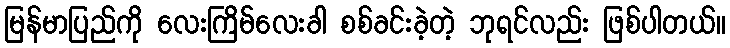
မြန်မာပြည်ကို လေးကြိမ်လေးခါ စစ်ခင်းခဲ့တဲ့ ဘုရင်လည်း ဖြစ်ပါတယ်။